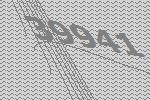
39941